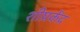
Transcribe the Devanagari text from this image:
शीघ्रकेंद्र